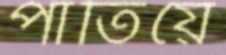
পাতিয়ে